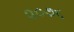
૨૦૭૬